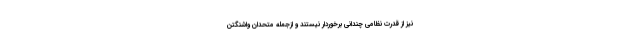
نیز از قدرت نظامی چندانی برخوردار نیستند و ازجمله متحدان واشنگتن